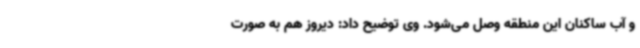
و آب ساکنان این منطقه وصل می‌شود. وی توضیح داد: دیروز هم به صورت